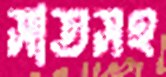
সাতসহ